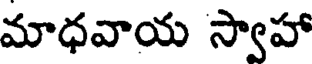
మాధవాయ స్వాహా